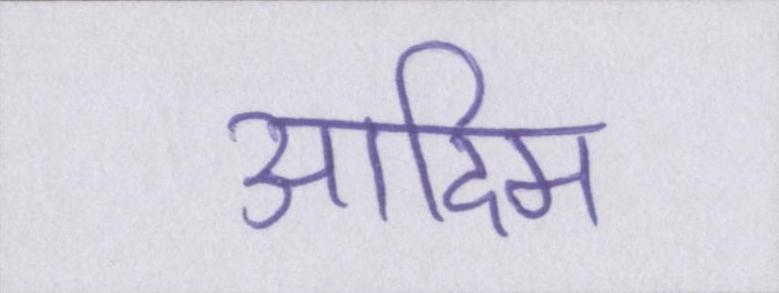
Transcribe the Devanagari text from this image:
आदिम